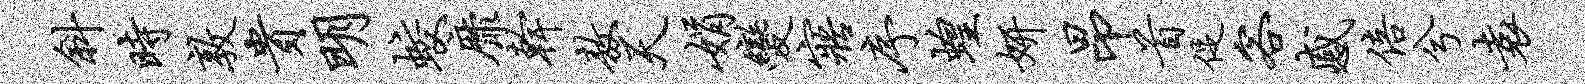
斜时敦贵明蛟靡干敖天娟变寤序蝗妍昂首促客感倍兮袁